Vaccination in Bombay 1913-1923 - 1913-1923
Year: 1913
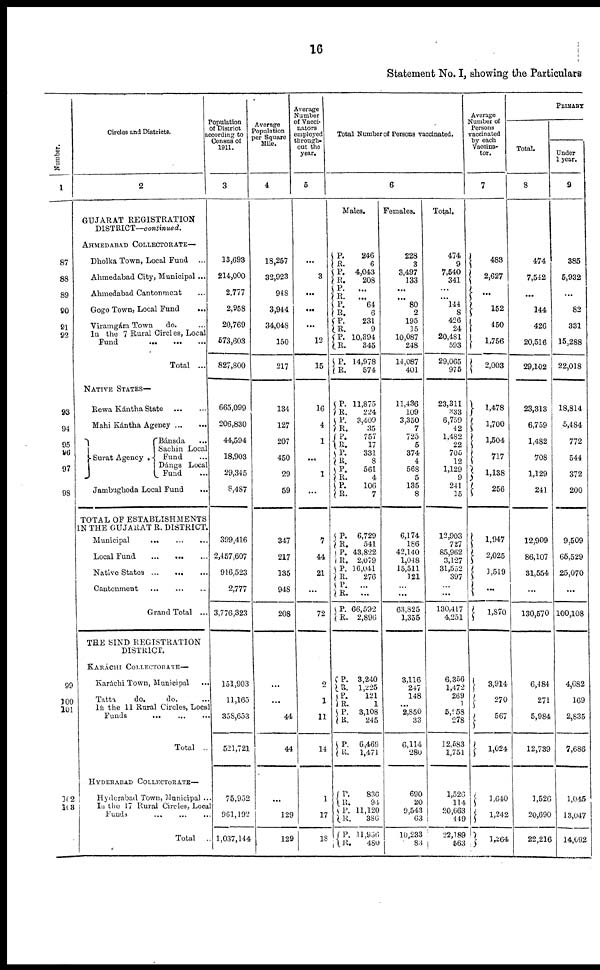
16
Statement No. I, showing the Particulars
Number.
1
87
88
89
90
91
92
93
94
95
96
97
98
99
100
101
102
103
Circles and Districts.
2
GUJARAT REGISTRATION
DISTRICT—continued.
AHMEDABAD COLLECTORATE—
Dholka Town, Local Fund
...
Ahmedabad City, Municipal ...
Ahmedabad Cantonment ...
Gogo Town, Local Fund ...
Viramgám Town
do. ...
In the 7 Rural Circles, Local
Fund
...
...
...
Total ...
NATIVE STATES—
Rewa Kántha State
...
...
Mahi Kántha Agency ... ...
Surat Agency .
Bánsda ...
Sachin Local
Fund ...
Dángs Local
Fund ...
Jambughoda Local Fund ...
TOTAL OF ESTABLISHMENTS
IN THE GUJARAT R. DISTRICT.
Municipal
...
...
...
Local Fund
...
... ...
Native States ...
...
Cantonment
... ... ...
Grand Total ...
THE SIND REGISTRATION
DISTRICT.
KARÁCHI COLLECTORATE—
Karáchi Town, Municipal ...
Tatta
do.
do. ...
In the 11 Rural Circles, Local
Funds
... ... ...
Total ...
HYDERABAD COLLECTORATE—
Hyderabad Town, Municipal ...
In the 17 Rural Circles, Local
Funds ... ... ...
Total
...
Population
of District
according to
Census of
1911.
3
13,693
214,000
2,777
2,958
20,769
573,603
827,800
665,099
206,830
44,594
18,903
29,345
8,487
399,416
2,457,607
916,523
2,777
3,776,323
151,903
11,165
358,653
521,721
75,952
961,192
1,037,144
Average
Population
per Square
Mile.
4
18,257
32,923
948
3,944
34,048
150
217
134
127
207
450
29
59
347
217
135
948
208
...
...
44
44
...
129
129
Average
Number
of Vacci¬
nators
employed
through-
out the
year.
5
...
3
...
...
...
12
15
16
4
1
...
1
...
7
44
21
...
72
2
1
11
14
1
17
18
Total Number of Persons vaccinated.
6
Males.
P.
R.
P. R.
P.
R.
P. R.
P.
R.
P.
R.
P.
R.
P.
R.
P.
R.
P.
R.
P.
R.
P.
R.
P.
R.
P.
R.
P.
R.
P.
R.
P.
R.
P.
R.
246
6
4,043
208
...
...
64
6
231
9
10,394
345
14,978
574
11,875
224
3,409
35
757
17
331
8
561
4
106
7
6,729
541
43,822
2,079
16,041
276
...
...
66,592
2,896
P.
R.
P.
R.
P.
R.
P.
R.
3,240
1,225
121
1
3,108
245
6,469
1,471
P.
R.
P.
R.
P.
R.
836
94
11,120
386
11,956
480
Females.
228
3
3,497
133
...
...
80
2
195
35
10,087
248
14,087
401
11,436
109
3,350
7
725
5
374
4
568
5
135
8
6,174
186
42,140
1,048
15,511
121
...
...
63,825
1,355
3,116
247
148
...
2,850
33
6,114
280
690
20
9,543
63
10,233
83
Total.
474
9
7,540
341
...
...
144
8
426
24
20,481
593
29,065
975
23,311
333
6,759
42
1,482
22
705
12
1,129
9
241
15
12,903
727
85,962
3,127
31,552
397
...
...
130,417
4,251
6,356
1,472
269
1
5,958
278
12,583
1,751
1,526
114
20,663
449
22,189
563
Average
Number of
Persons
vaccinated
by each
Vaccina¬
tor.
7
483
2,627
...
152
450
1,756
2,003
1,478
1,700
1,504
717
1,138
256
1,947
2,025
1,519
...
1,870
3,914
270
567
1,024
1,640
1,242
1,264
PRIMARY
Total.
8
474
7,542
...
144
426
20,516
29,102
23,313
6,759
1,482
708
1,129
241
12,909
86,107
31,554
...
130,570
6,484
271
5,984
12,739
1,526
20,690
22,216
Under
1 year.
9
385
5,932
...
82
331
15,288
22,018
18,814
5,484
772
544
372
200
9,509
65,529
25,070
...
100,108
4,682
169
2,835
7,686
1,045
13,047
14,092